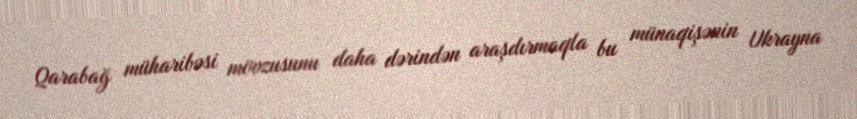
Qarabağ müharibəsi mövzusunu daha dərindən araşdırmaqla bu münaqişənin Ukrayna